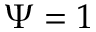
\Psi = 1